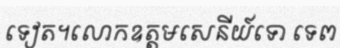
ទៀត។លោកឧត្តមសេនីយ៍ទោ ទេព